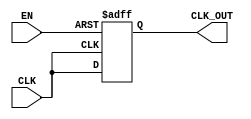
module ClockGatingBuffer (
    input wire CLK,      // Primary clock input
    input wire EN,       // Enable signal
    output reg CLK_OUT   // Gated clock output
);

// Internal signal for synchronization
reg clk_last;

always @(posedge CLK or negedge EN) begin
    if (!EN) begin
        // When EN is low, hold CLK_OUT low
        CLK_OUT <= 1'b0;
    end else begin
        // When EN is high, pass the primary clock
        CLK_OUT <= CLK;
    end
end

endmodule